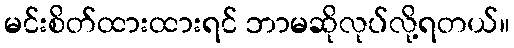
မင်းစိတ်ထားထားရင် ဘာမဆိုလုပ်လို့ရတယ်။